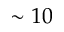
\sim 1 0